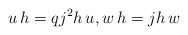
LaTeX: \begin{align*} u \, h = qj^2h \, u, w \, h = jh \, w\end{align*}